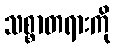
သစ္စာတရားကို